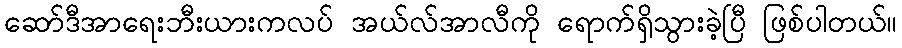
ဆော်ဒီအာရေးဘီးယားကလပ် အယ်လ်အာလီကို ရောက်ရှိသွားခဲ့ပြီ ဖြစ်ပါတယ်။